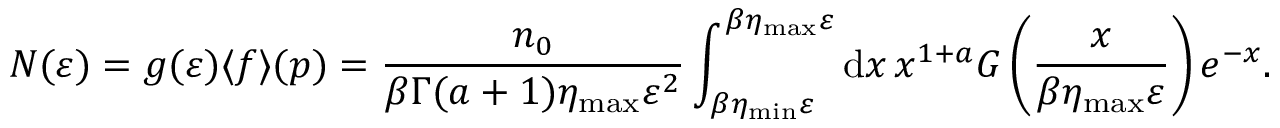
N ( \varepsilon ) = g ( \varepsilon ) \langle f \rangle ( \boldsymbol { p } ) = \frac { n _ { 0 } } { \beta \Gamma ( a + 1 ) \eta _ { \mathrm { m a x } } \varepsilon ^ { 2 } } \int _ { \beta \eta _ { \mathrm { m i n } } \varepsilon } ^ { { \beta \eta _ { \mathrm { m a x } } \varepsilon } } \mathrm { d } x \, x ^ { 1 + a } G \left( \frac { x } { \beta \eta _ { \mathrm { m a x } } \varepsilon } \right) e ^ { - x } .